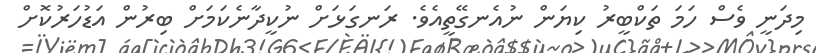
މިދަނީ ވެސް ހަމަ ތަކްބީރު ކިޔަން ނުއެނގޭތީއެވެ. ރަނގަޅަށް ނުކީދާނެކަމަށް ބިރުން އަޑުހަރުކޮށް